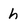
Character: h